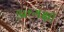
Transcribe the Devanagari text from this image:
अध्यक्षॉ